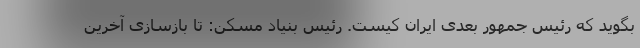
بگوید که رئیس جمهور بعدی ایران کیست. رئیس بنیاد مسکن: تا بازسازی آخرین